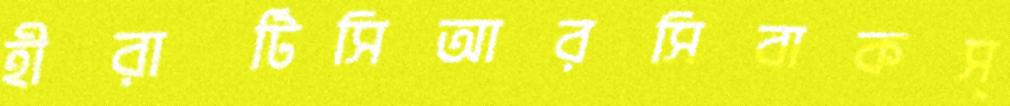
হীরাটিসিআরসিবাকস্